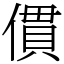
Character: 𠍿